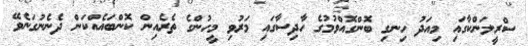
ސްރީލަންކާގައި މިއަދު ހިނގި ބޮންގޮއްވުމުގެ ހާދިސާގައި މަރުވި މީހުންގެ ތެރެއިން ކޮންބައެއްކަން ދެނެނުގަނެވޭ